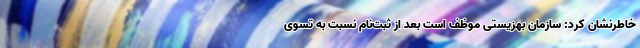
خاطرنشان کرد: سازمان بهزیستی موظف است بعد از ثبت‌نام نسبت به تسوی